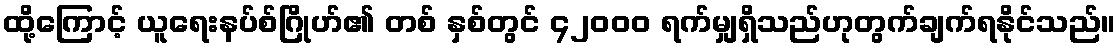
ထို့ကြောင့် ယူရေးနပ်စ်ဂြိုဟ်၏ တစ် နှစ်တွင် ၄၂၀၀၀ ရက်မျှရှိသည်ဟုတွက်ချက်ရနိုင်သည်။